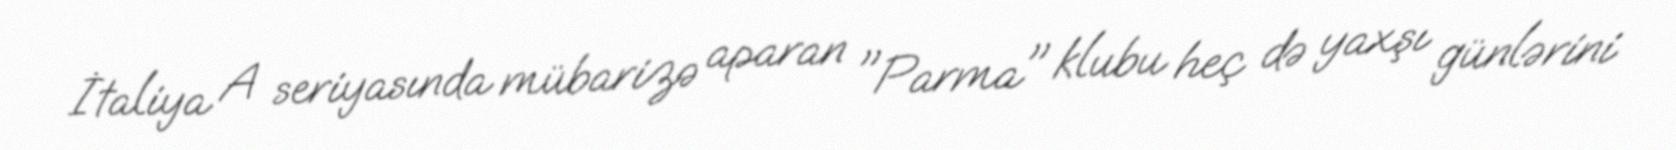
İtaliya A seriyasında mübarizə aparan "Parma" klubu heç də yaxşı günlərini